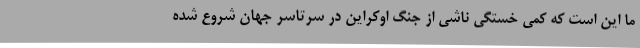
ما این است که کمی خستگی ناشی از جنگ اوکراین در سرتاسر جهان شروع شده